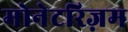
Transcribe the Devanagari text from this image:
मोनेटरिज़म